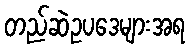
တည်ဆဲဥပဒေများအရ